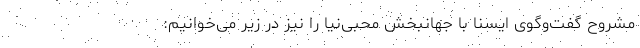
مشروح گفت‌وگوی ایسنا با جهانبخش محبی‌نیا را نیز در زیر می‌خوانیم: